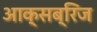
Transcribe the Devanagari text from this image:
आक्सब्रिज